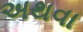
અથવા